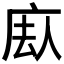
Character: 𪪕